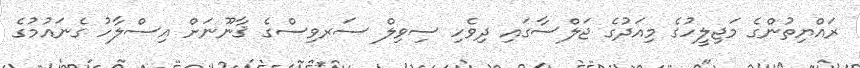
ރައްޔިތުންގެ މަޖިލީހުގެ މިއަދުގެ ޖަލްސާގައި ދިވެހި ސިވިލް ސަރވިސްގެ ޤާނޫނަށް އިސްލާހު ގެނައުމުގެ